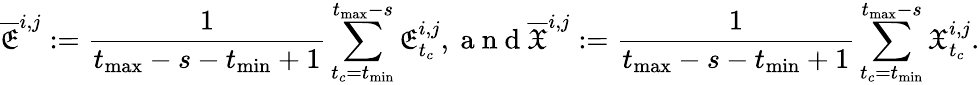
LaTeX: \overline{{\mathfrak{E}}}^{i,j}:=\frac{1}{t_{\operatorname*{max}}-s-t_{\operatorname*{min}}+1}\sum_{t_{c}=t_{\operatorname*{min}}}^{t_{\operatorname*{max}}-s}\mathfrak{E}_{t_{c}}^{i,j},\mathrm{~a~n~d~}\overline{{\mathfrak{X}}}^{i,j}:=\frac{1}{t_{\operatorname*{max}}-s-t_{\operatorname*{min}}+1}\sum_{t_{c}=t_{\operatorname*{min}}}^{t_{\operatorname*{max}}-s}\mathfrak{X}_{t_{c}}^{i,j}.